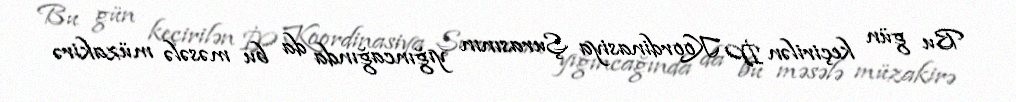
Bu gün keçirilən İP Koordinasiya Şurasının yığıncağında da bu məsələ müzakirə